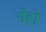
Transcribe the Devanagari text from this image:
सेहों